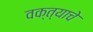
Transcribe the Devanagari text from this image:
वक्त्याचे